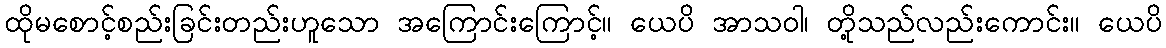
ထိုမစောင့်စည်းခြင်းတည်းဟူသော အကြောင်းကြောင့်။ ယေပိ အာသဝါ၊ တို့သည်လည်းကောင်း။ ယေပိ